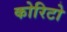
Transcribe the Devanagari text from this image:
कोरिटो